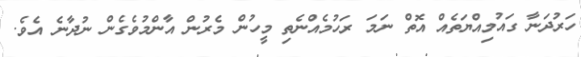
ހަރުދަނާ ގައުމިއްޔަތެއް އޮތް ނަމަ ރަހުމެއްނެތި މީހުން މެރުން އާންމުވެގެން ނުދާނެ އެވެ.